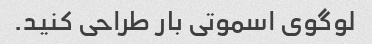
لوگوی اسموتی بار طراحی کنید.